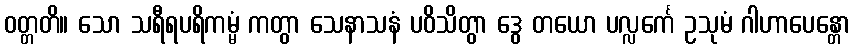
ဝတ္တတိ။ သော သရီရပရိကမ္မံ ကတွာ သေနာသနံ ပဝိသိတွာ ဒွေ တယော ပလ္လင်္ကေ ဥသုမံ ဂါဟာပေန္တော